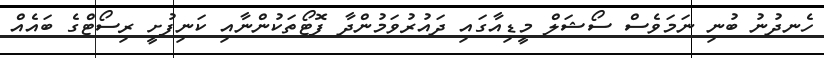
ހެނދުނު ބުނި ނަމަވެސް ސޯޝަލް މީޑިއާގައި ދައުރުވަމުންދާ ފޮޓޯތަކުންނާއި ކަނިފުށީ ރިސޯޓްގެ ބައެއް